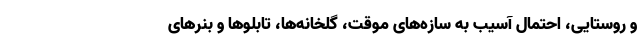
و روستایی، احتمال آسیب به سازه‌های موقت، گلخانه‌ها، تابلوها و بنرهای